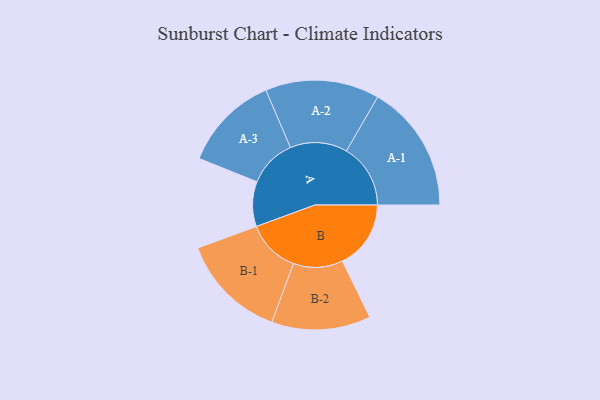
{"axis": {"x": "Segment", "y": "Value"}, "legend": ["", "A", "B"], "data": [{"x": "A", "y": 197, "type": ""}, {"x": "B", "y": 300, "type": ""}, {"x": "A-1", "y": 281, "type": "A"}, {"x": "A-2", "y": 250, "type": "A"}, {"x": "A-3", "y": 211, "type": "A"}, {"x": "B-1", "y": 233, "type": "B"}, {"x": "B-2", "y": 217, "type": "B"}]}